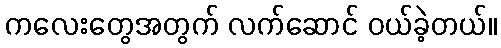
ကလေးတွေအတွက် လက်ဆောင် ဝယ်ခဲ့တယ်။